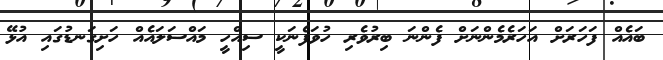
ބައެއް ފަހަރަށް އަހަރެމެންނަށް ފެންނަ ބިރުވެރި ހުވަފެނަކީ ސިއްހީ މައްސަލައެއް ހަށިގަނޑުގައި އުޅޭ